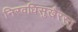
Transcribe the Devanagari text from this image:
निरवधिसुखैरस्तु